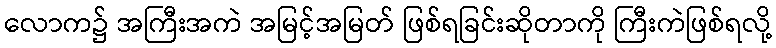
လောက၌ အကြီးအကဲ အမြင့်အမြတ် ဖြစ်ရခြင်းဆိုတာကို ကြီးကဲဖြစ်ရလို့